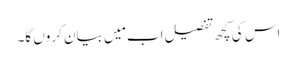
اس کی کچھ تفصیل اب مَیں بیان کروں گا۔